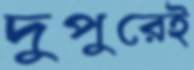
দুপুরেই